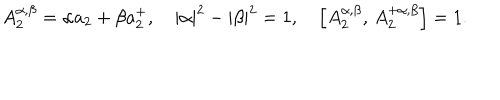
LaTeX: A _ { 2 } ^ { \alpha , \beta } = \alpha a _ { 2 } + \beta a _ { 2 } ^ { + } , \quad \left| \alpha \right| ^ { 2 } - \left| \beta \right| ^ { 2 } = 1 , \quad \left[ A _ { 2 } ^ { \alpha , \beta } , \, A _ { 2 } ^ { + \alpha , \beta } \right] = 1 .